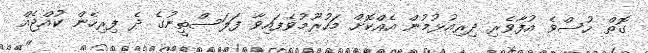
ގޮތް ހުސްވެ އުފާވެރި ދިރިއުޅުމުން އެއްކޮށް މަހުރޫމުވެފައިވާ ފަލަސްތީނުގެ ދެ ފިރިހެން ކުއްޖެއް